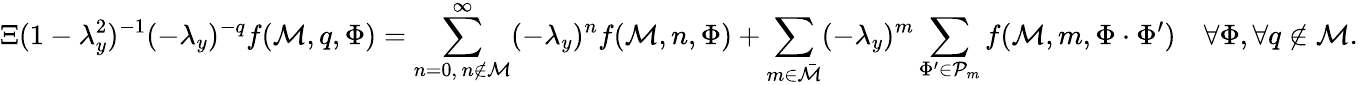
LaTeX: \Xi(1-\lambda_{y}^{2})^{-1}(-\lambda_{y})^{-q}f(\mathcal{M},q,\Phi)=\sum_{\substack{n=0,\, n\notin\mathcal{M}}}^{\infty}(-\lambda_{y})^{n}f(\mathcal{M},n,\Phi)+\sum_{m\in\bar{\mathcal{M}}}(-\lambda_{y})^{m}\sum_{\Phi^{\prime}\in\mathcal{P}_{m}}f(\mathcal{M},m,\Phi\cdot\Phi^{\prime})\quad\forall\Phi,\forall q\notin\mathcal{M}.